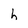
Character: h